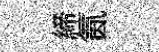
締氤